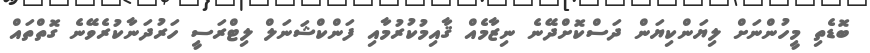
ބޮޑެތި މީހުންނަށް ލިޔަންކިޔަން ދަސްކޮށްދޭނެ ނިޒާމެއް ޤާއިމުކުރުމާއި ފަންކްޝަނަލް ލިޓްރަސީ ހަރުދަނާކުރެވޭނެ ގޮތްތައް